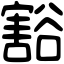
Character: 豁